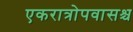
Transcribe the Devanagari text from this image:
एकरात्रोपवासश्च